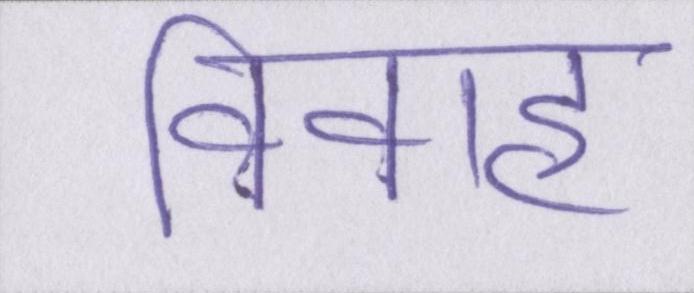
विवाह